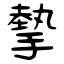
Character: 摰